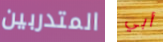
المتدربين أبي